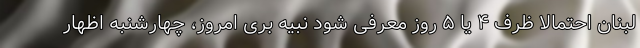
لبنان احتمالا ظرف ۴ یا ۵ روز معرفی شود نبیه بری امروز، چهارشنبه اظهار